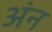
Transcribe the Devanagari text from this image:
अंन